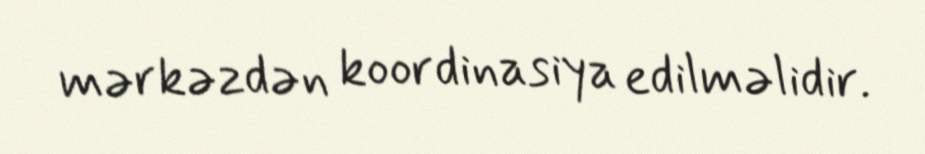
mərkəzdən koordinasiya edilməlidir.